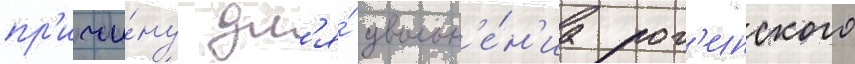
пр'ичи́ну дл'я́ увольн'е́н'иа рог'инского